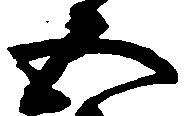
五